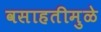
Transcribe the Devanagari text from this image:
वसाहतीमुळे